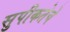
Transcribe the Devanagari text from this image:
सुपीकतेचे